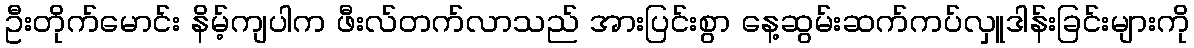
ဦးတိုက်မောင်း နိမ့်ကျပါက ဖီးလ်တက်လာသည် အားပြင်းစွာ နေ့ဆွမ်းဆက်ကပ်လှူဒါန်းခြင်းများကို